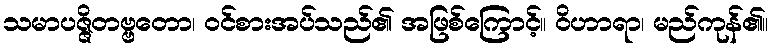
သမာပဇ္ဇိတဗ္ဗတော၊ ဝင်စားအပ်သည်၏ အဖြစ်ကြောင့်။ ဝိဟာရာ၊ မည်ကုန်၏။